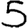
Digit: 5